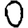
Digit: 0